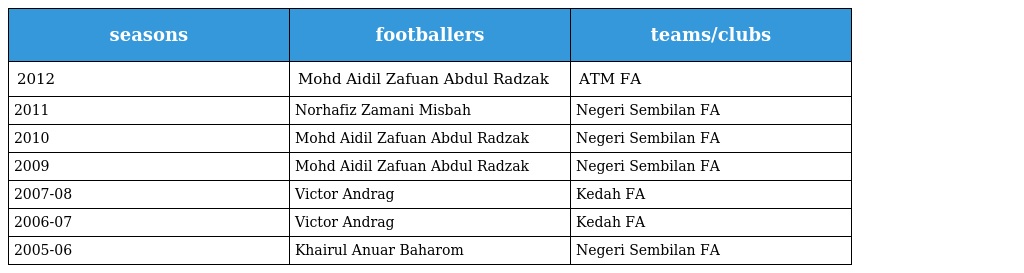
| seasons | footballers | teams/clubs |
 | --- | --- | --- |
 | 2012 | Mohd Aidil Zafuan Abdul Radzak | ATM FA |
 | 2011 | Norhafiz Zamani Misbah | Negeri Sembilan FA |
 | 2010 | Mohd Aidil Zafuan Abdul Radzak | Negeri Sembilan FA |
 | 2009 | Mohd Aidil Zafuan Abdul Radzak | Negeri Sembilan FA |
 | 2007-08 | Victor Andrag | Kedah FA |
 | 2006-07 | Victor Andrag | Kedah FA |
 | 2005-06 | Khairul Anuar Baharom | Negeri Sembilan FA |